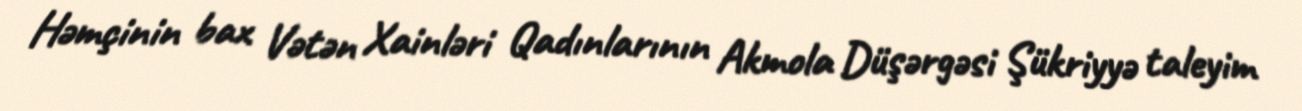
Həmçinin bax Vətən Xainləri Qadınlarının Akmola Düşərgəsi Şükriyyə taleyim